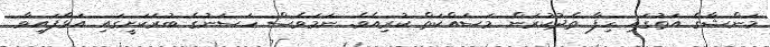
މަންޝާގެ އަތުގައި ހިފާ ތެދުކުރަން މަސައްކަތް ކުރިއެވެ. ނަމަވެސް ހަސަނުގެ ބުރަކަށީގައި އަޅާފައިވާ